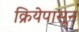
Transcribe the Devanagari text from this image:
क्रियेपासून